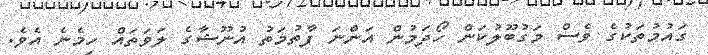
ގައުމުތަކުގެ ވެސް މަގުބޫލުކަން ހޯދަމުން އަންނަ ފާތުމަތު އުނޫޝާގެ ލަވަތައް ހިމެނެ އެވެ.